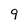
Character: 9